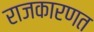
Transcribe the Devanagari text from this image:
राजकारणत